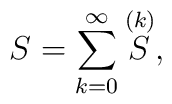
S=\sum_{k=0}^{\infty} {\raise1.2pt\hbox{$ \stackrel{(k)}{S}$}},